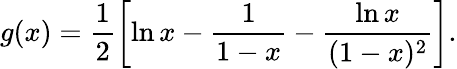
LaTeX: g(x)=\frac{1}{2}\left[\ln x-\frac{1}{1-x}-\frac{\ln x}{(1-x)^{2}}\right].